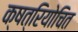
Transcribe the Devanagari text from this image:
क्षत्रियोचित